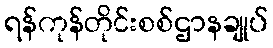
ရန်ကုန်တိုင်းစစ်ဌာနချုပ်